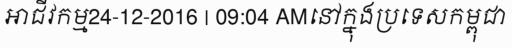
អាជីវកម្ម24-12-2016 | 09:04 AMនៅក្នុងប្រទេសកម្ពុជា